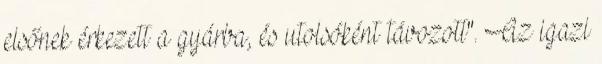
elsőnek érkezett a gyárba, és utolsóként távozott". Az igazi